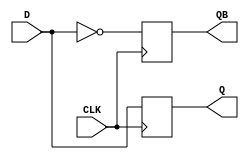
module D_FF(Q, QB, D, CLK);
input D, CLK;
output Q, QB;
reg Q, QB;
always @(posedge CLK) begin Q = D;
QB = ~Q;
end 
endmodule


//tb

module D_FF_TB;
reg D;
reg CLK;
wire Q, QB;
D_FF uut(.Q(Q), .QB(QB), .D(D), .CLK(CLK));
always #100 CLK = ~CLK;
initial
begin
CLK = 1;
# 100 D = 1; #100 D = 0; 
end
endmodule